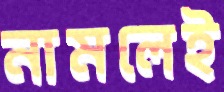
নামলেই